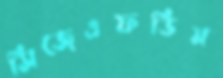
সিজেএফডিম